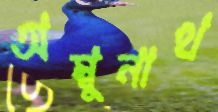
অম্বুনাথ